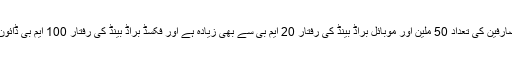
آج 2018ء میں صارفین کی تعداد 50 ملین اور موبائل براڈ بینڈ کی رفتار 20 ایم بی سے بھی زیادہ ہے اور فکسڈ براڈ بینڈ کی رفتار 100 ایم بی ڈائون لوڈ سے زائد ہے۔